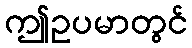
ဤဥပမာတွင်